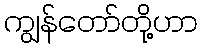
ကျွန်တော်တို့ဟာ